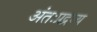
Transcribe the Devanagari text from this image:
अंतःप्रद्रव्य